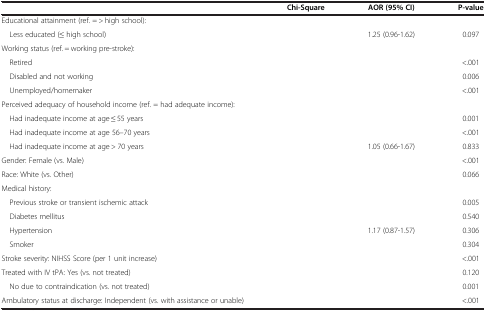
<table><thead><tr><td>[EMPTY_CELL]</td><td><b>Chi-Square</b></td><td><b>AOR (95% CI)</b></td><td><b>P-value</b></td></tr></thead><tbody><tr><td>Educational attainment (ref. = &gt; high school):</td><td>[EMPTY_CELL]</td><td>[EMPTY_CELL]</td><td>[EMPTY_CELL]</td></tr><tr><td> Less educated (≤ high school)</td><td>[EMPTY_CELL]</td><td>1.25 (0.96-1.62)</td><td>0.097</td></tr><tr><td>Working status (ref. = working pre-stroke):</td><td>[EMPTY_CELL]</td><td>[EMPTY_CELL]</td><td>[EMPTY_CELL]</td></tr><tr><td> Retired</td><td>[EMPTY_CELL]</td><td>[EMPTY_CELL]</td><td>&lt;.001</td></tr><tr><td> Disabled and not working</td><td>[EMPTY_CELL]</td><td>[EMPTY_CELL]</td><td>0.006</td></tr><tr><td> Unemployed/homemaker</td><td>[EMPTY_CELL]</td><td>[EMPTY_CELL]</td><td>&lt;.001</td></tr><tr><td>Perceived adequacy of household income (ref. = had adequate income):</td><td>[EMPTY_CELL]</td><td>[EMPTY_CELL]</td><td>[EMPTY_CELL]</td></tr><tr><td> Had inadequate income at age ≤ 55 years</td><td>[EMPTY_CELL]</td><td>[EMPTY_CELL]</td><td>0.001</td></tr><tr><td> Had inadequate income at age 56–70 years</td><td>[EMPTY_CELL]</td><td>[EMPTY_CELL]</td><td>&lt;.001</td></tr><tr><td> Had inadequate income at age &gt; 70 years</td><td>[EMPTY_CELL]</td><td>1.05 (0.66-1.67)</td><td>0.833</td></tr><tr><td>Gender: Female (vs. Male)</td><td>[EMPTY_CELL]</td><td>[EMPTY_CELL]</td><td>&lt;.001</td></tr><tr><td>Race: White (vs. Other)</td><td>[EMPTY_CELL]</td><td>[EMPTY_CELL]</td><td>0.066</td></tr><tr><td>Medical history:</td><td>[EMPTY_CELL]</td><td>[EMPTY_CELL]</td><td>[EMPTY_CELL]</td></tr><tr><td> Previous stroke or transient ischemic attack</td><td>[EMPTY_CELL]</td><td>[EMPTY_CELL]</td><td>0.005</td></tr><tr><td> Diabetes mellitus</td><td>[EMPTY_CELL]</td><td>[EMPTY_CELL]</td><td>0.540</td></tr><tr><td> Hypertension</td><td>[EMPTY_CELL]</td><td>1.17 (0.87-1.57)</td><td>0.306</td></tr><tr><td> Smoker</td><td>[EMPTY_CELL]</td><td>[EMPTY_CELL]</td><td>0.304</td></tr><tr><td>Stroke severity: NIHSS Score (per 1 unit increase)</td><td>[EMPTY_CELL]</td><td>[EMPTY_CELL]</td><td>&lt;.001</td></tr><tr><td>Treated with IV tPA: Yes (vs. not treated)</td><td>[EMPTY_CELL]</td><td>[EMPTY_CELL]</td><td>0.120</td></tr><tr><td> No due to contraindication (vs. not treated)</td><td>[EMPTY_CELL]</td><td>[EMPTY_CELL]</td><td>0.001</td></tr><tr><td>Ambulatory status at discharge: Independent (vs. with assistance or unable)</td><td>[EMPTY_CELL]</td><td>[EMPTY_CELL]</td><td>&lt;.001</td></tr></tbody></table>